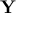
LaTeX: { \bf Y _ { \nu } }